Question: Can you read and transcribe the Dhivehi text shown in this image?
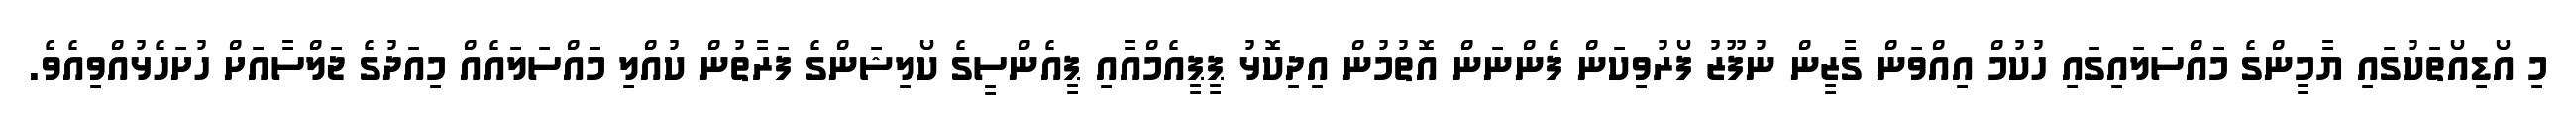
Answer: މި އޯޑިއޯތަކުގައި ޔާމީންގެ މައްސަލައިގައި ހުކުމް އިއްވަން ގާޒީން ނުފޫޒު ފޯރުވިކަން ފެންނަން އޮތުމުން އިދިކޮޅު ޕީޕީއެމްއާއި ޕީއެންސީގެ ކޯލިޝަންގެ ފަރާތުން ކުއްލި މައްސަލައެއް މިއަދުގެ ޖަލްސާއަށް ހުށަހެޅުއްވިއެވެ.